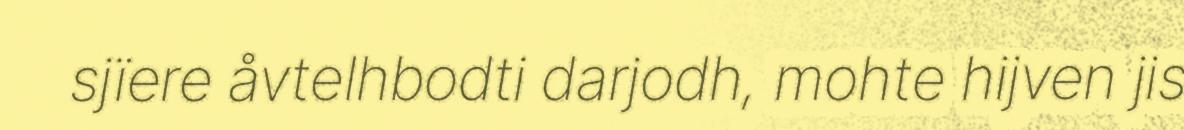
sjïere åvtelhbodti darjodh, mohte hijven jis